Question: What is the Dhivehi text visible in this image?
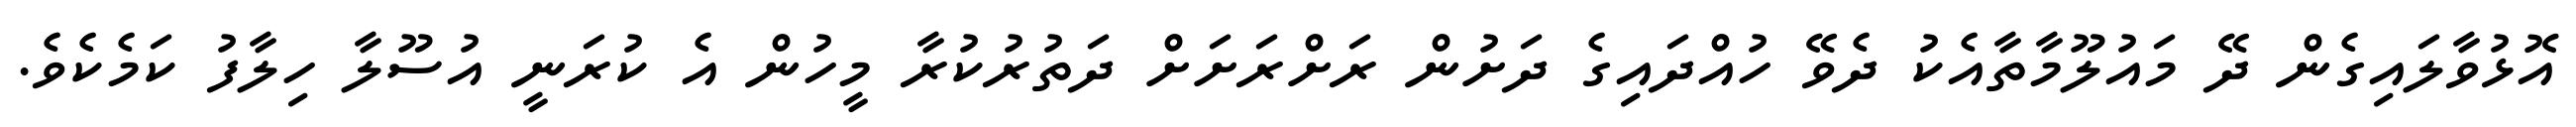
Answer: އޮޅުވާލައިގެން ދޭ މައުލޫމާތާއެކު ދެވޭ ހުއްދައިގެ ދަށުން ރަށްރަށަށް ދަތުރުކުރާ މީހުން އެ ކުރަނީ އުސޫލާ ހިލާފު ކަމެކެވެ.